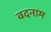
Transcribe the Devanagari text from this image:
वदनाम